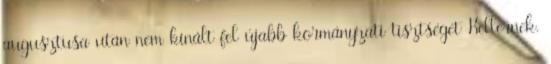
augusztusa után nem kínált fel újabb kormányzati tisztséget Kellernek.